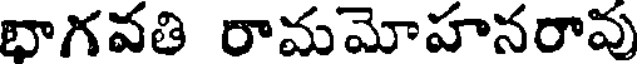
భాగవతి రామమోహనరావు